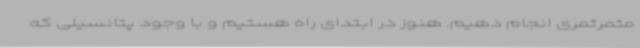
مثمرثمری انجام دهیم. هنوز در ابتدای راه هستیم و با وجود پتانسیلی که